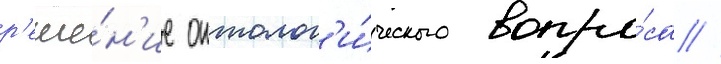
р'еше́н'ие онтолог'и́ческого вопро́са //